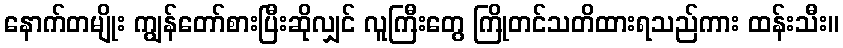
နောက်တမျိုး ကျွန်တော်စားပြီးဆိုလျှင် လူကြီးတွေ ကြိုတင်သတိထားရသည်ကား ထန်းသီး။